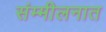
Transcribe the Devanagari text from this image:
संम्मीलनात